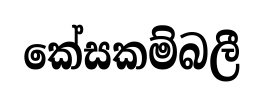
කේසකම්බලී